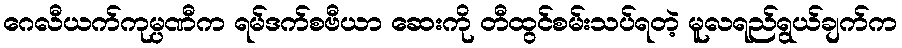
ဂေလီယက်ကုမ္ပဏီက ရမ်ဒက်စဗီယာ ဆေးကို တီထွင်စမ်းသပ်ရတဲ့ မူလရည်ရွယ်ချက်က